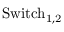
\mathrm { { S w i t c h } _ { 1 , 2 } }